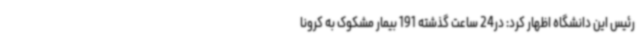
رئیس این دانشگاه اظهار کرد: در24 ساعت گذشته 191 بیمار مشکوک به کرونا